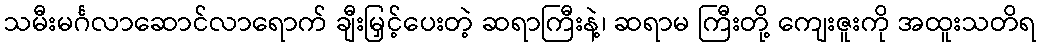
သမီးမင်္ဂလာဆောင်လာရောက် ချီးမြှင့်ပေးတဲ့ ဆရာကြီးနဲ့၊ ဆရာမ ကြီးတို့ ကျေးဇူးကို အထူးသတိရ